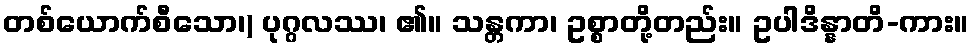
တစ်ယောက်စီသော၊) ပုဂ္ဂလဿ၊ ၏။ သန္တကာ၊ ဥစ္စာတို့တည်း။ ဥပါဒိန္နာတိ-ကား။